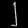
Digit: ၂